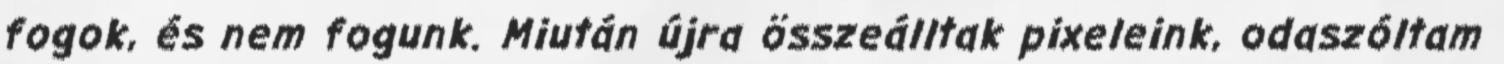
fogok, és nem fogunk. Miután újra összeálltak pixeleink, odaszóltam